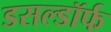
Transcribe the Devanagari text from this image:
डसल्डॉर्फ